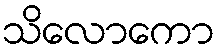
သိလောကော